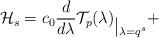
LaTeX: \begin{align*}\mathcal{H}_{s}=c_{0}\frac{d}{d\lambda }\mathcal{T}_{p}(\lambda )_{\,\vrule height13ptdepth1pt\>{\lambda =q}^{s}}+\end{align*}